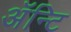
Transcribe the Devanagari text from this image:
अॅन्टि